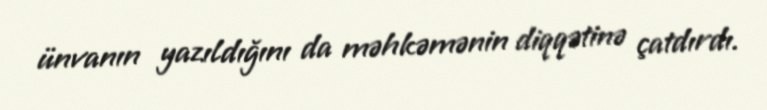
ünvanın yazıldığını da məhkəmənin diqqətinə çatdırdı.